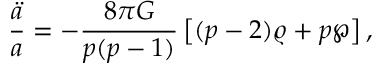
{ \frac { \ddot { a } } { a } } = - { \frac { 8 \pi G } { p ( p - 1 ) } } \left[ ( p - 2 ) \varrho + p \wp \right] ,